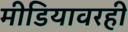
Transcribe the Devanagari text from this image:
मीडियावरही